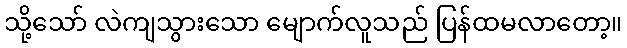
သို့သော် လဲကျသွားသော မျောက်လူသည် ပြန်ထမလာတော့။